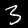
Digit: 3